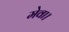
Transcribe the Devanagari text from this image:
मेवा।